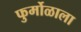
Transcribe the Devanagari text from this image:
फुर्मोळाला